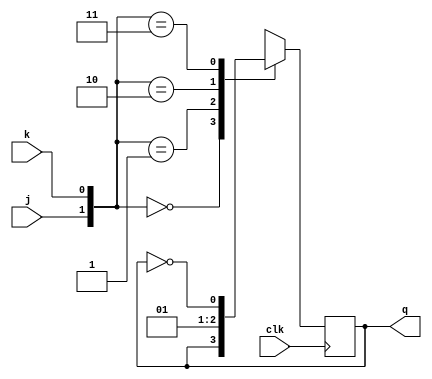
module jk_ff (j,k,clk,q); // modulo de jk flipflop utilizado para fazer o divisor de clock.
	input j,k,clk;
	output q;
   reg q;  
  
   always @ (posedge clk)  
      case ({j,k})  
         2'b00 :  q <= q;  
         2'b01 :  q <= 0;  
         2'b10 :  q <= 1;  
         2'b11 :  q <= ~q;  
      endcase 
		
endmodule

/*
Bem, seguindo a teoria, o ff JK segue um trabalho parecido com o D, contendo duas entradas J e k quando ambos so 00 
nada ocorre ao circuito, quando J  1 e k 0, um valor sai em Q, quando o J  0 e k  1 ocorre o reset do valor armazenado, 
at a tudo bem, a coisa  quando J e k so iguais a 1 q acontece o chamado toggle que a cada variao de clock a sada 
ser ou 0 ou 1, com isso, ns formamos um contador assncrono, para que J e k sejam constantes e que a cada variao de 
clock ele transfira as informaes para o prximo ff tendo sua frequncia inicial "cortada" pela metade. Podendo assim 
criar um divisor de frequncia utilizando flipflops JK em cascata, tambm chamado na fundamentao terica de contador 
assncrono
*/